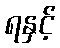
ရနှင့်